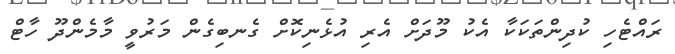
ރައްޓެހި ކުދިންތަކަކާ އެކު މޫދަށް އެރި އުޅެނިކޮށް ގެނބިގެން މަރުވީ މާމެންދޫ ހާޓް